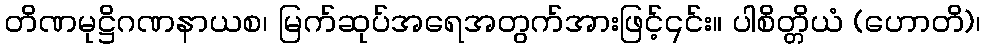
တိဏမုဋ္ဌိဂဏနာယစ၊ မြက်ဆုပ်အရေအတွက်အားဖြင့်၎င်း။ ပါစိတ္တိယံ (ဟောတိ)၊